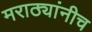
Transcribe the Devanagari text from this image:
मराठ्यांनीच